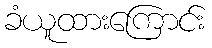
ခံယူထားကြောင်း